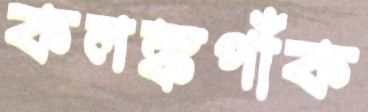
কলঙ্কপাঁক